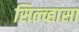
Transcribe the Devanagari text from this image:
सिल्व्हासा